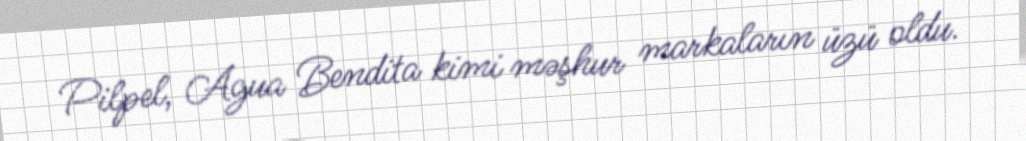
Pilpel, Agua Bendita kimi məşhur markaların üzü oldu.